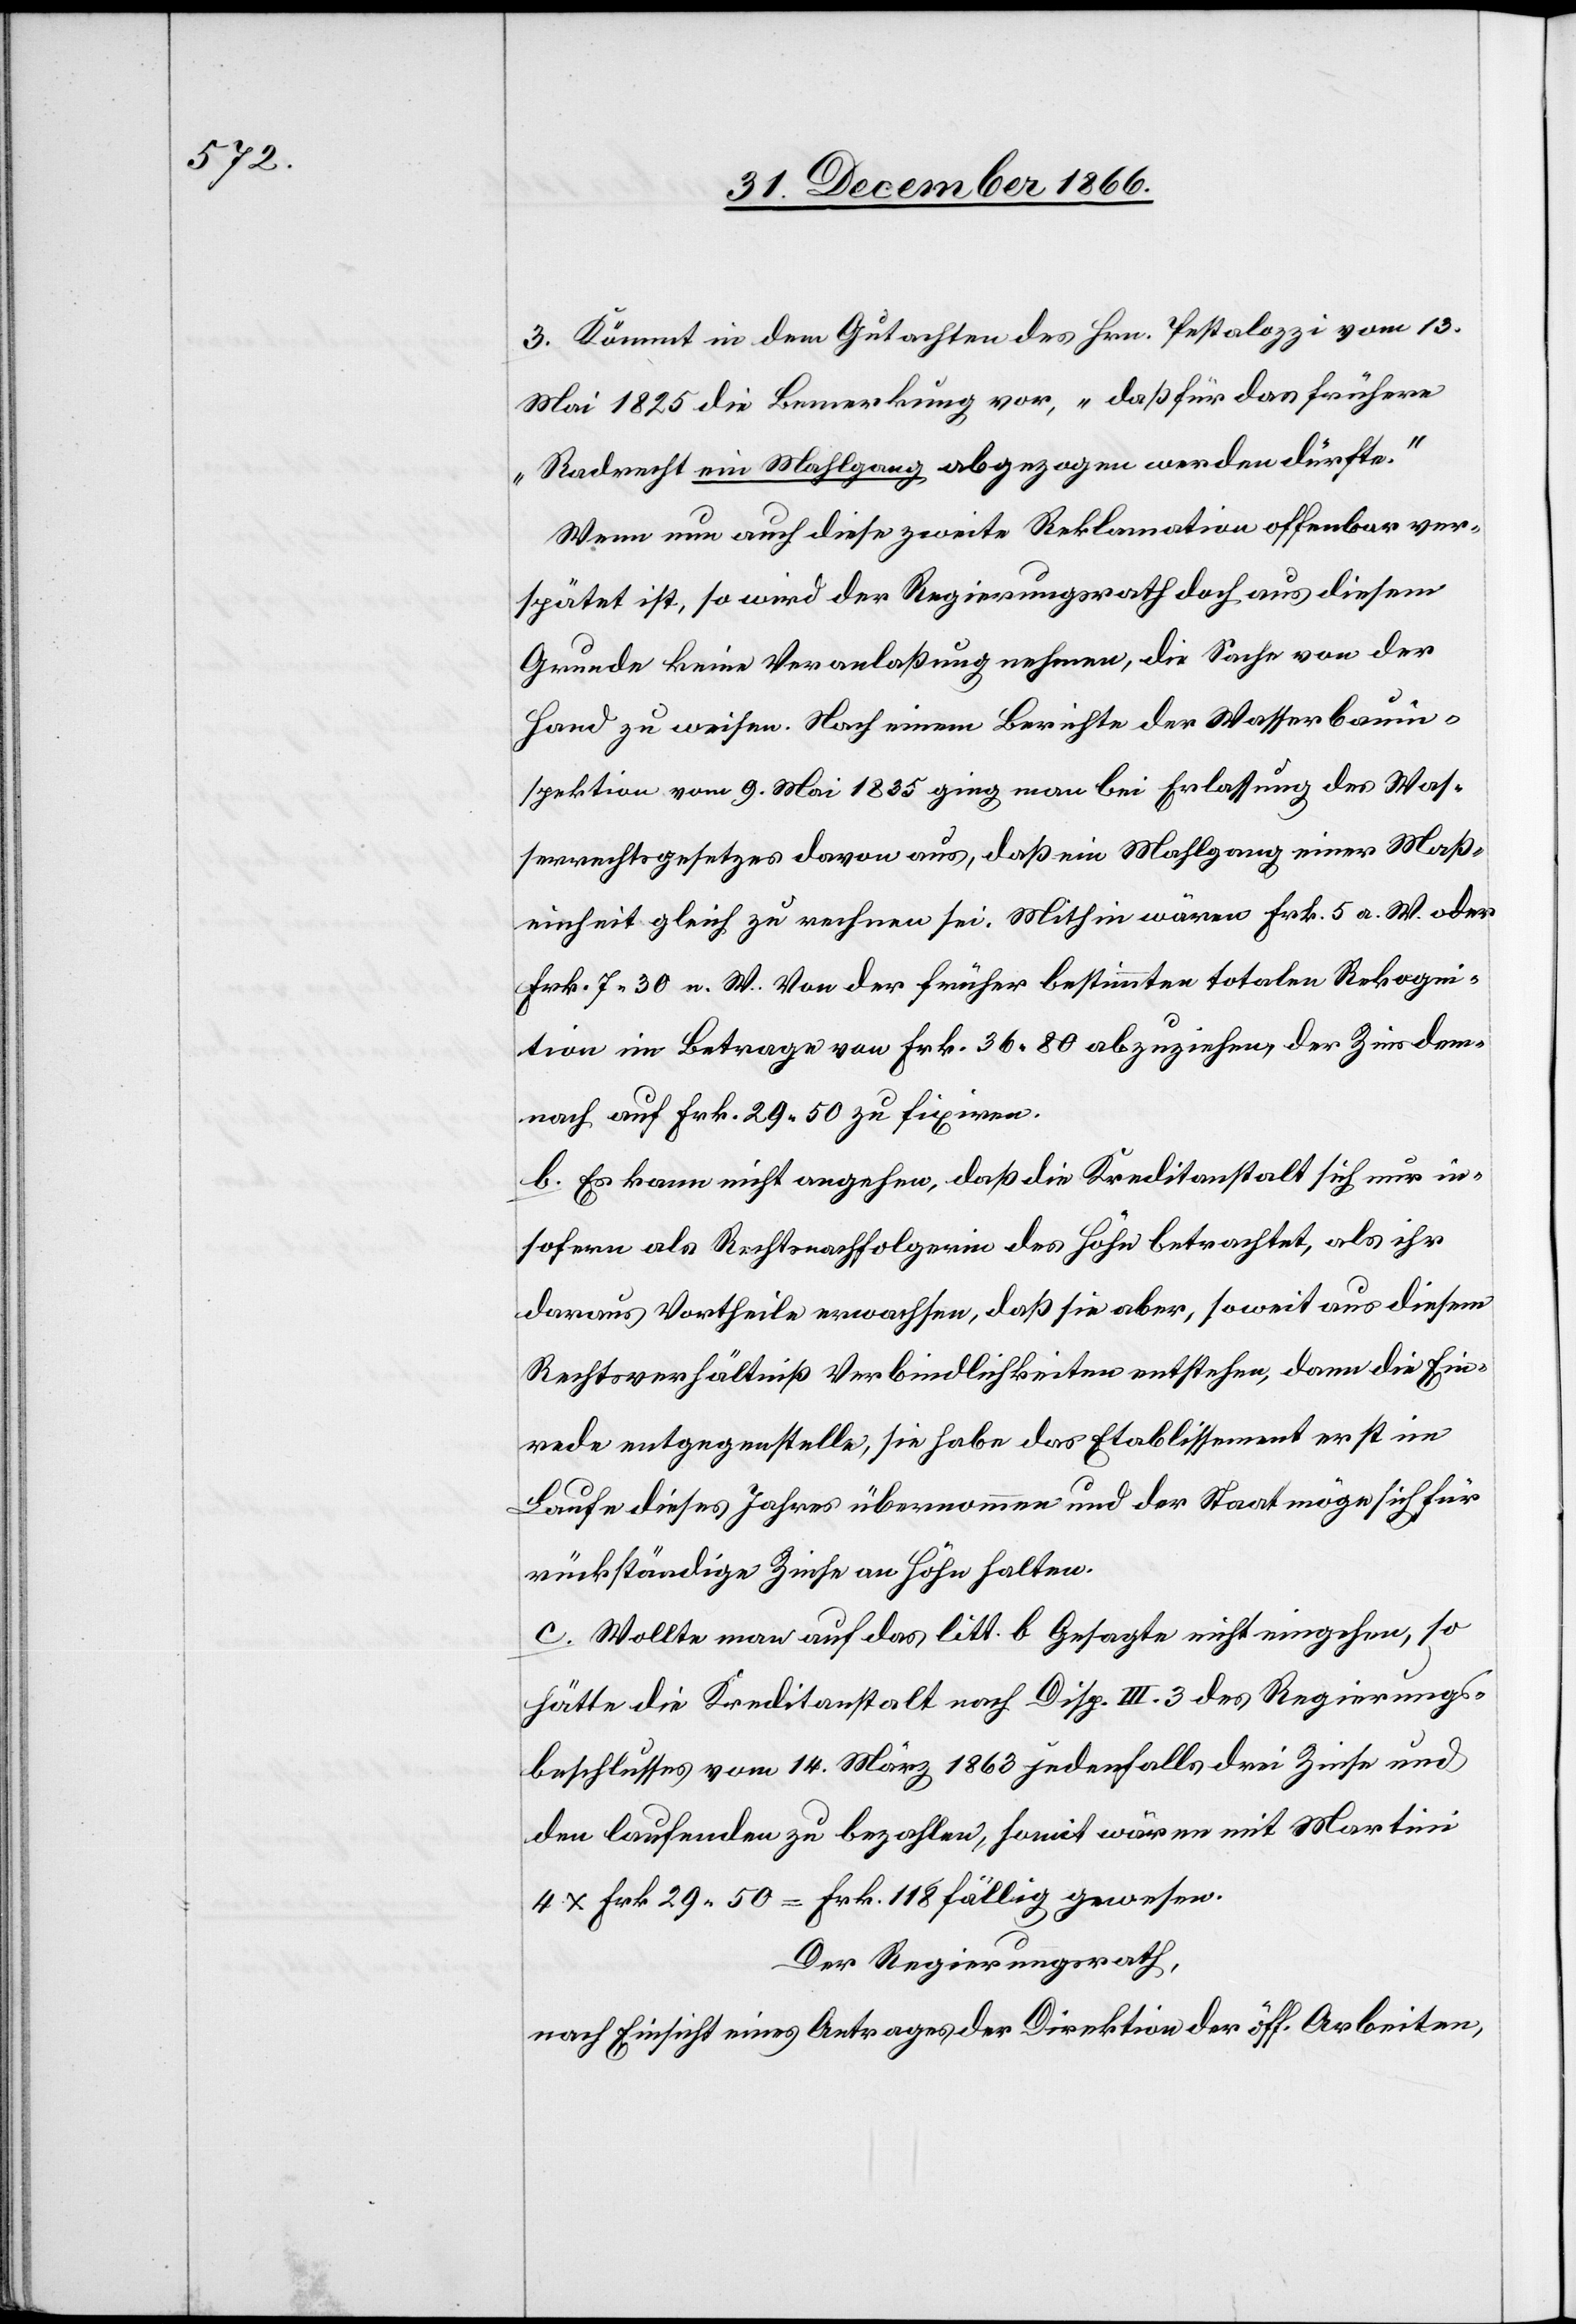
3. Kömmt in dem Gutachten des Hrn. Pestalozzi vom 13.
Mai 1825 die Bemerkung vor, „daß für das frühere
Radrecht ein Mahlgang abgezogen werden dürfte.“
Wenn nun auch diese zweite Reklamation offenbar ver¬
spätet ist, so wird der Regierungsrath doch aus diesem
Grunde keine Veranlaßung nehmen, die Sache von der
Hand zu weisen. Nach einem Berichte der Wasserbauin¬
spektion vom 9. Mai 1835 ging man bei Erlassung des Was¬
serrechtsgesetzes davon aus, daß ein Mahlgang einer Maß¬
einheit gleich zu rechnen sei. Mithin wären Frk. 5 a. W. oder
Frk. 7.30 n. W. von der früher bestimmten totalen Rekogni¬
tion im Betrage von Frk. 36.80 abzuziehen, der Zins dem¬
nach auf Frk. 29.50 zu fixiren.
b. Es kann nicht angehen, daß die Kreditanstalt sich nur in¬
sofern als Rechtsnachfolgerin des Höhn betrachtet, als ihr
daraus Vortheile erwachsen, daß sie aber, soweit aus diesem
Rechtsverhältniß Verbindlichkeiten entstehen, dann die Ein¬
rede entgegenstelle, sie habe das Etablissement erst im
Laufe dieses Jahres übernommen und der Staat möge sich für
rückständige Zinse an Höhn halten.
c. Wollte man auf das litt. b Gesagte nicht eingehen, so
hätte die Kreditanstalt nach Disp. III. 3 des Regierungs¬
beschlusses vom 14. März 1863 jedenfalls drei Zinse und
den laufenden zu bezahlen, somit wären mit Martini
4 x Frk. 29.50 = Frk. 118 fällig gewesen.
Der Regierungsrath,
nach Einsicht eines Antrages der Direktion der öff. Arbeiten,